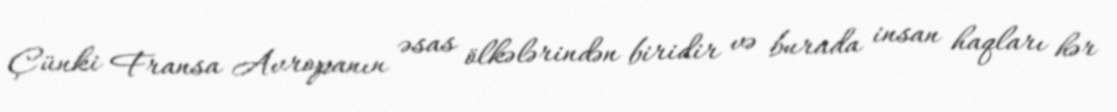
Çünki Fransa Avropanın əsas ölkələrindən biridir və burada insan haqları hər